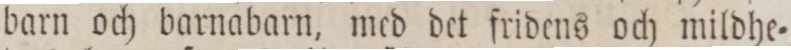
barn och barnabarn, med det fridens och mildhe=